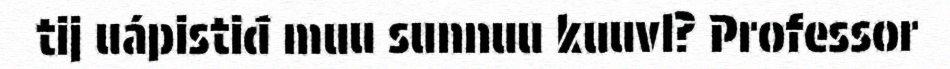
tij uápistiđ muu sunnuu kuuvl? Professor